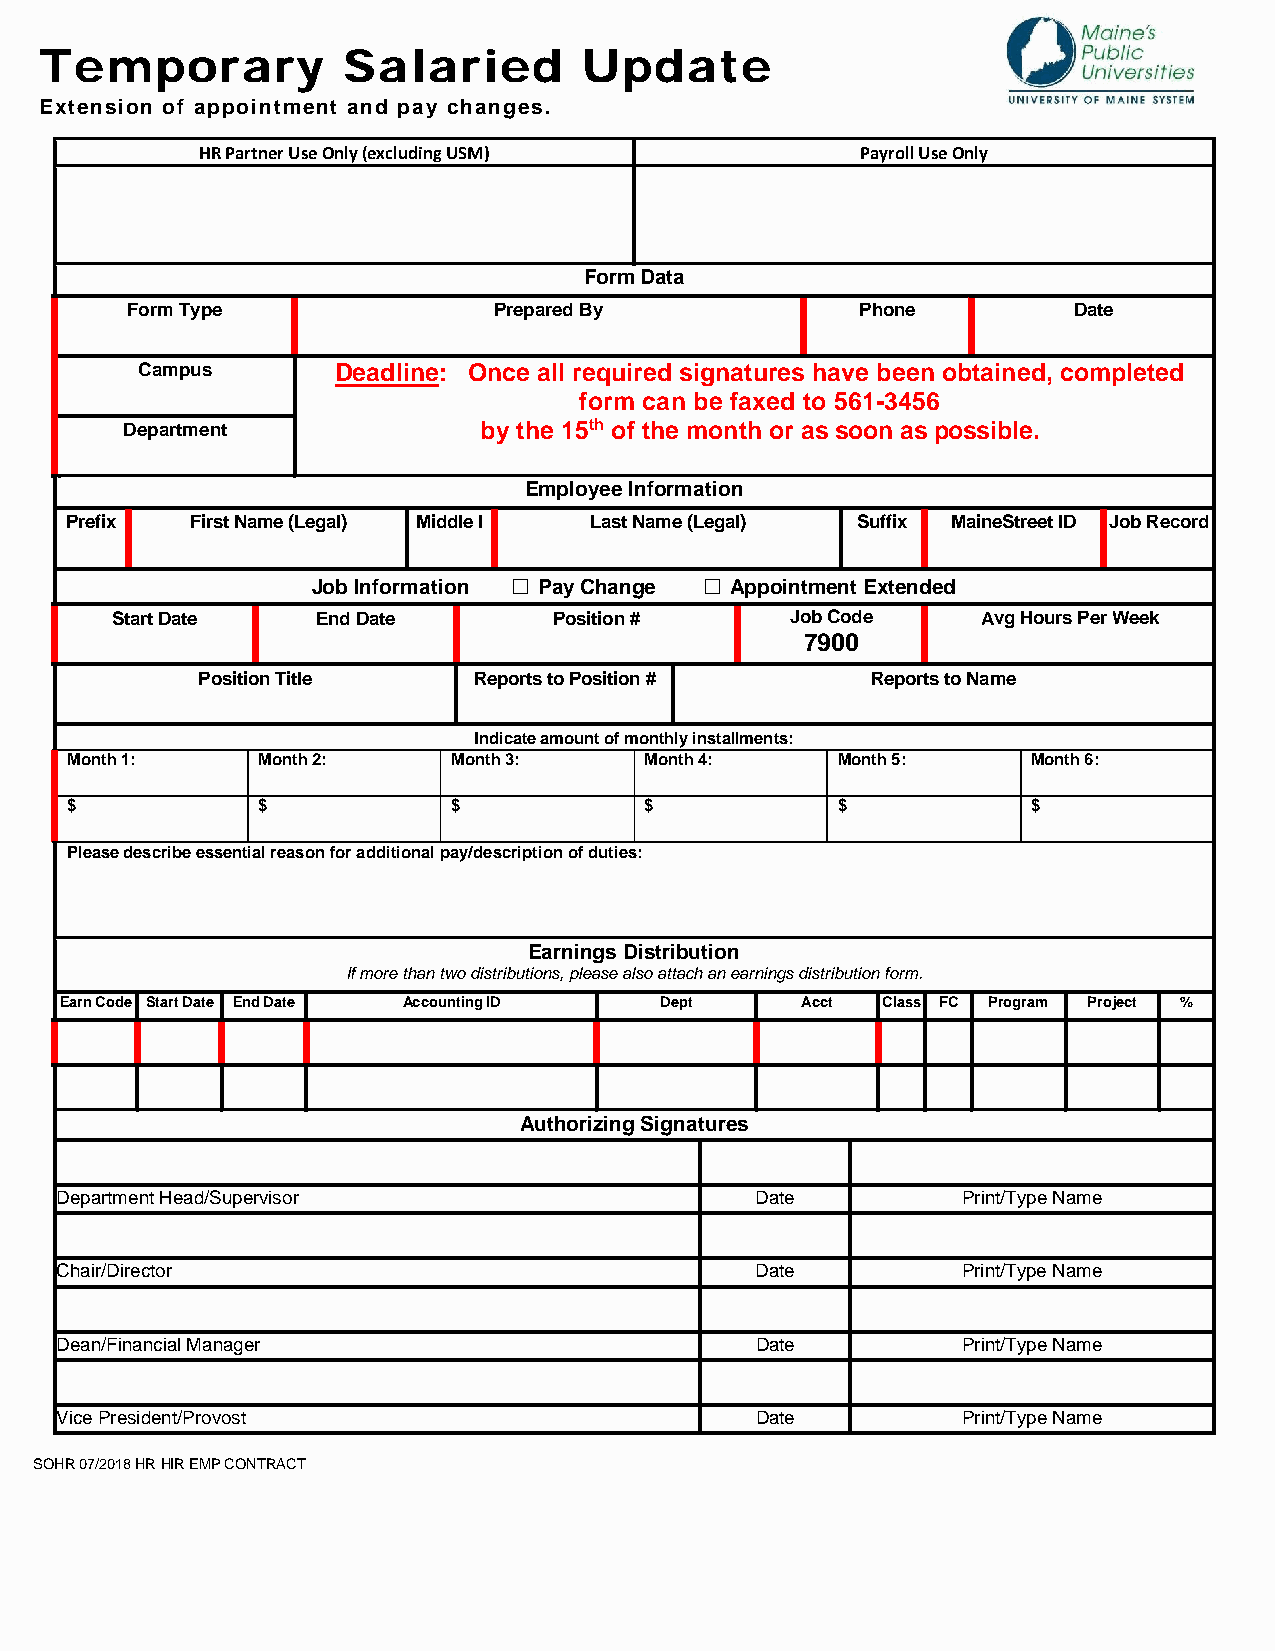
Temporary           Salaried        Update
 Extension of appointment and pay changes.
 HR Partner Use Only (excluding USM)         Payroll Use Only
 Form Data
 Form Type                Prepared By             Phone         Date
 Campus       Deadline: Once all required signatures have been obtained, completed
 form can be faxed to 561-3456
 Department              by the 15th of the month or as soon as possible.
 Employee Information
 Prefix   First Name (Legal) Middle I Last Name (Legal) Suffix MaineStreet ID Job Record
 Job InformationPay Change Appointment Extended
 Start Date    End Date        Position #     Job Code     Avg Hours Per Week
 7900
 Position Title    Reports to Position #      Reports to Name
 Indicate amount of monthly installments:
 Month 1:     Month 2:     Month 3:     Month4:     Month5:      Month6:
 $            $            $            $           $            $
 Please describe essential reason for additional pay/description of duties:
 Earnings Distribution
 If more than two distributions, please also attach an earnings distribution form.
 Earn Code Start Date End Date Accounting ID Dept Acct Class FC Program Project %
 Authorizing Signatures
 Department Head/Supervisor                    Date          Print/Type Name
 Chair/Director                                Date          Print/TypeName
 Dean/Financial Manager                        Date          Print/Type Name
 Vice President/Provost                        Date          Print/Type Name
 SOHR 07/2018 HR HIR EMP CONTRACT